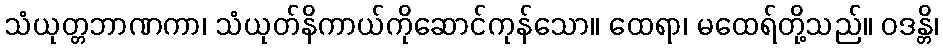
သံယုတ္တဘာဏကာ၊ သံယုတ်နိကာယ်ကိုဆောင်ကုန်သော။ ထေရာ၊ မထေရ်တို့သည်။ ဝဒန္တိ၊